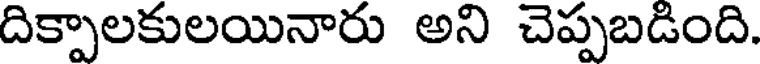
దిక్పాలకులయినారు అని చెప్పబడింది.